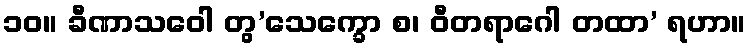
၁၀။ ခီဏာသဝေါ တွ’သေက္ခော စ၊ ဝီတရာဂေါ တထာ’ ရဟာ။